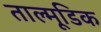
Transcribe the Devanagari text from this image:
ताल्मूडिक